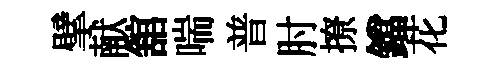
擘献舘喘普肘撩鐺花